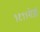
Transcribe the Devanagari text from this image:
१९११रोजी